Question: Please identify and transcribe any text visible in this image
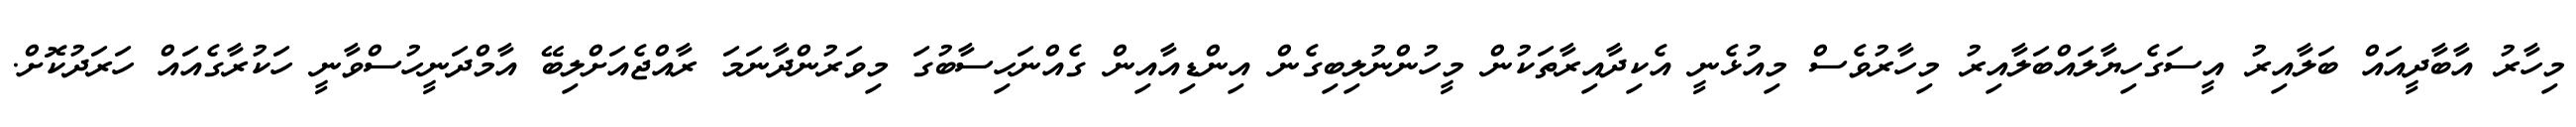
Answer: މިހާރު އާބާދީއައް ބަލާއިރު އީސަގެހިޔާލައްބަލާއިރު މިހާރުވެސް މިއުޅެނީ އެކިދާއިރާތަކުން މީހުންނުލިބިގެން އިންޑިއާއިން ގެއްނަހިސާބުގަ މިވަރުންދާނަމަ ރާއްޖެއަށްލިބޭ އާމްދަނީހުސްވާނީ ހަކުރާގެއައް ހަރަދުކޮށް.